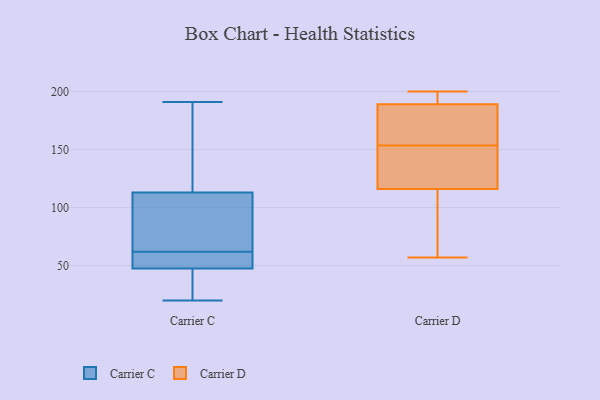
{"axis": {"x": "Energy Usage (MWh)", "y": "Value"}, "legend": ["Carrier C", "Carrier D"], "data": [{"x": "", "y": 49, "type": "Carrier C"}, {"x": "", "y": 29, "type": "Carrier C"}, {"x": "", "y": 137, "type": "Carrier C"}, {"x": "", "y": 43, "type": "Carrier C"}, {"x": "", "y": 159, "type": "Carrier C"}, {"x": "", "y": 27, "type": "Carrier C"}, {"x": "", "y": 86, "type": "Carrier C"}, {"x": "", "y": 108, "type": "Carrier C"}, {"x": "", "y": 128, "type": "Carrier C"}, {"x": "", "y": 62, "type": "Carrier C"}, {"x": "", "y": 191, "type": "Carrier C"}, {"x": "", "y": 66, "type": "Carrier C"}, {"x": "", "y": 20, "type": "Carrier C"}, {"x": "", "y": 75, "type": "Carrier C"}, {"x": "", "y": 61, "type": "Carrier C"}, {"x": "", "y": 51, "type": "Carrier C"}, {"x": "", "y": 50, "type": "Carrier C"}, {"x": "", "y": 200, "type": "Carrier D"}, {"x": "", "y": 117, "type": "Carrier D"}, {"x": "", "y": 189, "type": "Carrier D"}, {"x": "", "y": 91, "type": "Carrier D"}, {"x": "", "y": 57, "type": "Carrier D"}, {"x": "", "y": 167, "type": "Carrier D"}, {"x": "", "y": 145, "type": "Carrier D"}, {"x": "", "y": 116, "type": "Carrier D"}, {"x": "", "y": 116, "type": "Carrier D"}, {"x": "", "y": 148, "type": "Carrier D"}, {"x": "", "y": 197, "type": "Carrier D"}, {"x": "", "y": 171, "type": "Carrier D"}, {"x": "", "y": 159, "type": "Carrier D"}, {"x": "", "y": 196, "type": "Carrier D"}]}